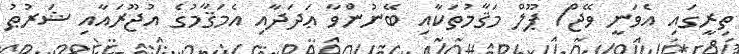
ތިރީގައި އެވަނީ ވޭޖް/ ޕޫލް މަޤާމުތަކާއި ބޭނުންވާ ޢަދަދާއި އެމަޤާމުގެ އުޖޫރައާއި ޝަރުޠު